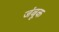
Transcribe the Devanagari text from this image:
जंबूक